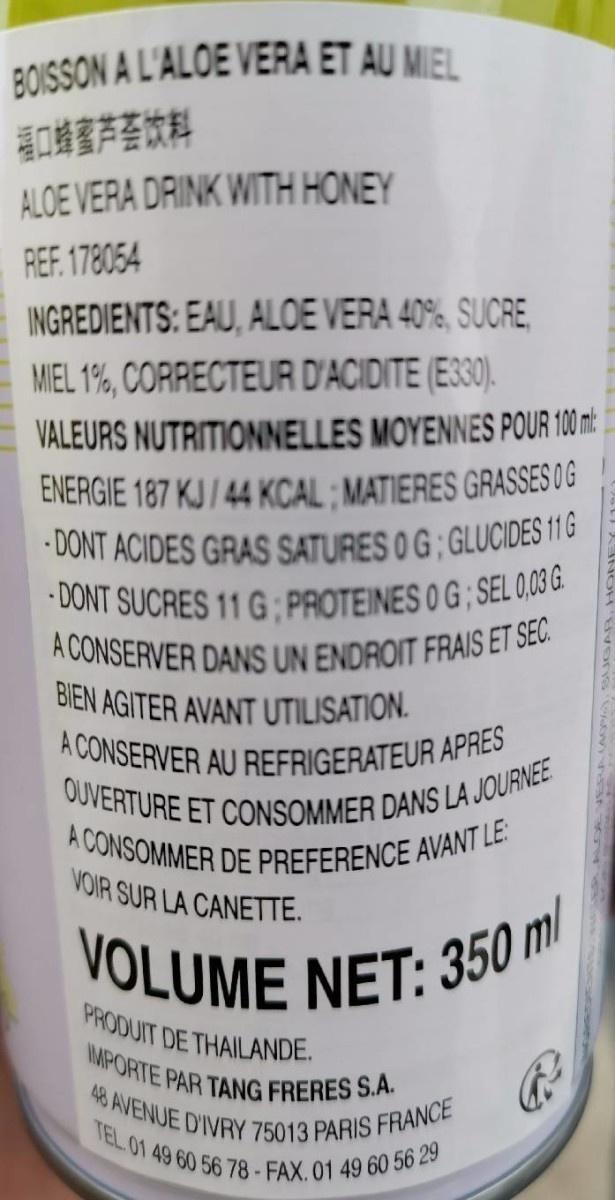
A CONSOMMER DE PREFERENCE AVANT LE: IMPORTE PAR TANG FRERES S.A.
48 AVENUE D'IVRY 75013 PARIS FRANCE
VOLUME NET: 350 ml
-DONT SUCRES 11 G ; PROTEINES 0 G ; SEL 0,03 G.
A CONSERVER DANS UN ENDROIT FRAIS ET SEC.
TEL.01 49 60 56 78-FAX.01 49 60 56 29
OUVERTURE ET CONSOMMER DANS LA JOURNEE
A CONSERVER AU REFRIGERATEUR APRES
BOISSON A L'ALOE VERA ET AU MIEL 口蜂室芦荃饮料 ALOE VERA DRINK WITH HONEY
REF. 178054
INGREDIENTS: EAU, ALOE VERA 40%, SUCRE, MIEL 1%, CORRECTEUR D'ACIDITE (E330).
VALEURS NUTRITIONNELLES MOYENNES POUR 100m
ENERGIE 187 KJ / 44 KCAL ; MATIERES GRASSES OG - DONT ACIDES GRAS SATURES 0 G ; GLUCIDES 11 G
BIEN AGITER AVANT UTILISATION.
VOIR SUR LA CANETTE.
VOLUME NET: 350
PRODUIT DE THAILANDE.